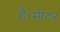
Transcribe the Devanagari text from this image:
है।मीटर